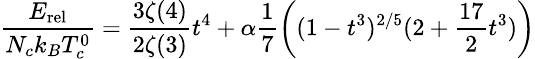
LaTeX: \small\frac{E_{\mathrm{rel}}}{N_{c}k_{B}T_{c}^{0}}=\frac{3\zeta(4)}{2\zeta(3)}t^{4}+\alpha\frac{1}{7}\left((1-t^{3})^{2/5}(2+\frac{17}{2}t^{3})\right)